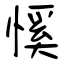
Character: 慀